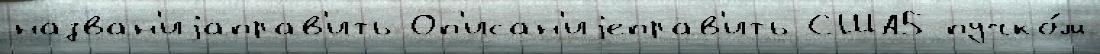
назван'иjаправ'ить Оп'исан'иjеправ'ить США5 пучко́м